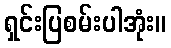
ရှင်းပြစမ်းပါအုံး။